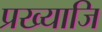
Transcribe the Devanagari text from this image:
प्रख्याजि